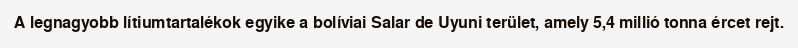
A legnagyobb lítiumtartalékok egyike a bolíviai Salar de Uyuni terület, amely 5,4 millió tonna ércet rejt.